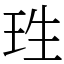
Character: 珄